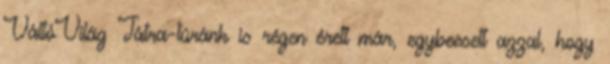
VáltóVilág Tátra-túránk is régen érett már, egybeesett azzal, hogy